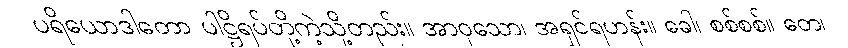
ပရိယောဒါတော ပါဋ္ဌိရပ်တို့ကဲ့သို့တည်း။ အာဝုသော၊ အရှင်ရဟန်း။ ခေါ၊ စစ်စစ်။ တေ၊